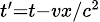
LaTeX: \scriptstyle{t^{\prime}=t-{vx}/{c^{2}}}